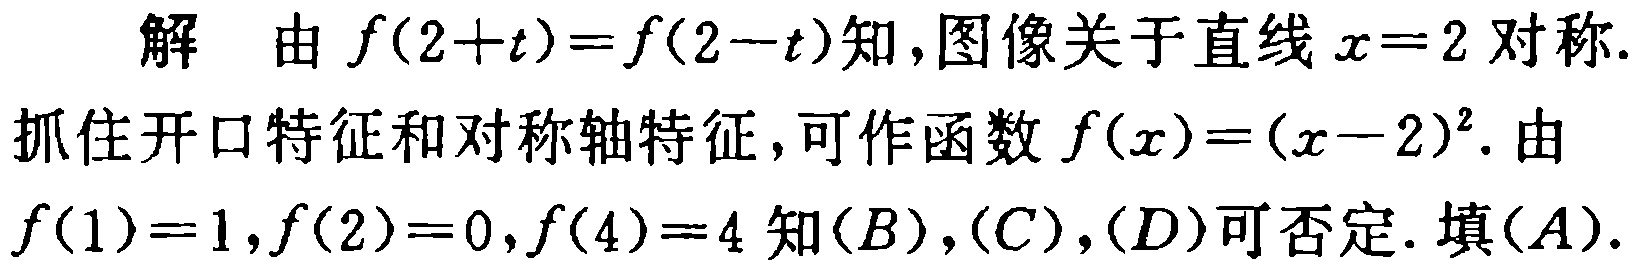
解 由 \(f(2 + t)=f(2 - t)\)知，图像关于直线 \(x = 2\) 对称.
抓住开口特征和对称轴特征，可作函数 \(f(x)=(x - 2)^2\). 由
\(f(1)=1,f(2)=0,f(4)=4\) 知\((B),(C),(D)\)可否定. 填\((A)\).